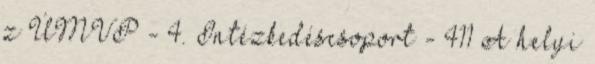
z ÚMVP - 4. Intézkedéscsoport - 411 A helyi